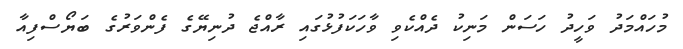
މުހައްމަދު ވަހީދު ހަސަން މަނިކު ދެއްކެވި ވާހަކަފުޅުގައި ރާއްޖެ ދުނިޔޭގެ ފެންވަރުގެ ބަޔޯސްފިއާ